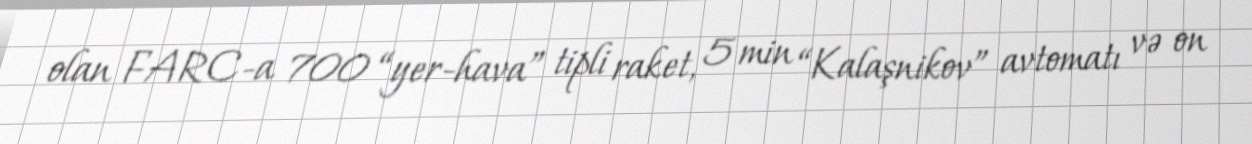
olan FARC-a 700 “yer-hava” tipli raket, 5 min “Kalaşnikov” avtomatı və on